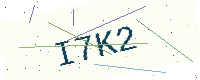
Text: I7K2